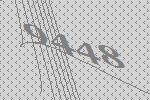
9448